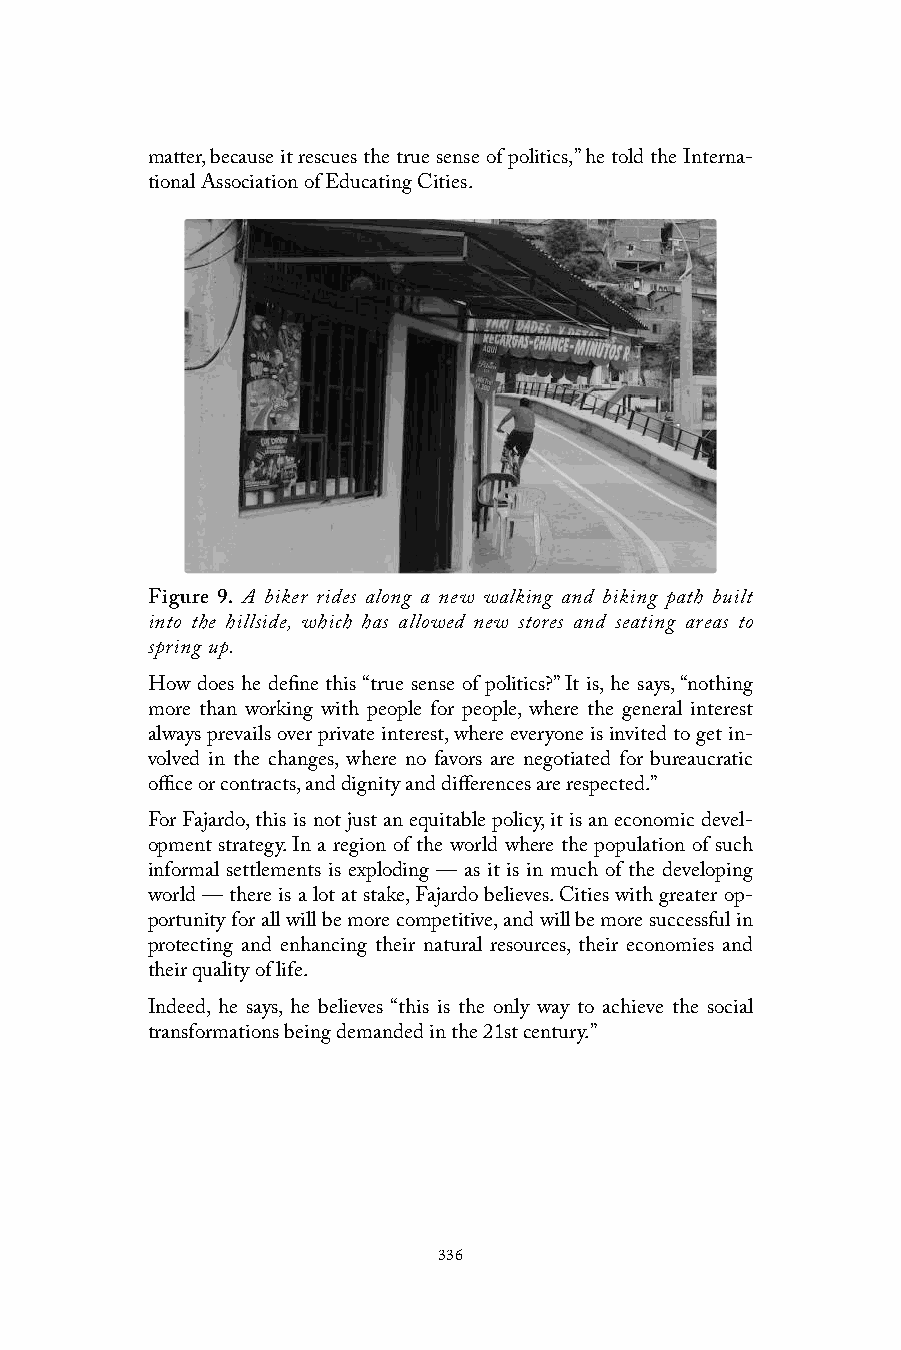
matter, because it rescues the true sense of politics,” he told the Interna-
 tional Association of Educating Cities.
 Figure 9. A biker rides along a new walking and biking path built
 into the hillside, which has allowed new stores and seating areas to
 spring up.
 How does he define this “true sense of politics?” It is, he says, “nothing
 more than working with people for people, where the general interest
 always prevails over private interest, where everyone is invited to get in-
 volved in the changes, where no favors are negotiated for bureaucratic
 office or contracts, and dignity and differences are respected.”
 For Fajardo, this is not just an equitable policy, it is an economic devel-
 opment strategy. In a region of the world where the population of such
 informal settlements is exploding — as it is in much of the developing
 world — there is a lot at stake, Fajardo believes. Cities with greater op-
 portunity for all will be more competitive, and will be more successful in
 protecting and enhancing their natural resources, their economies and
 their quality of life.
 Indeed, he says, he believes “this is the only way to achieve the social
 transformations being demanded in the 21st century.”
 336